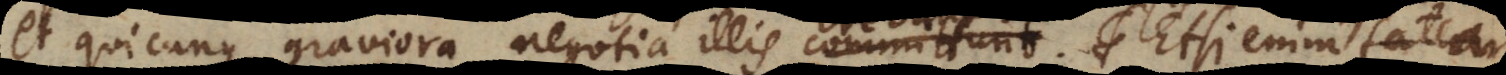
et quicunque graviora negotia illis committunt.. Etsi enim